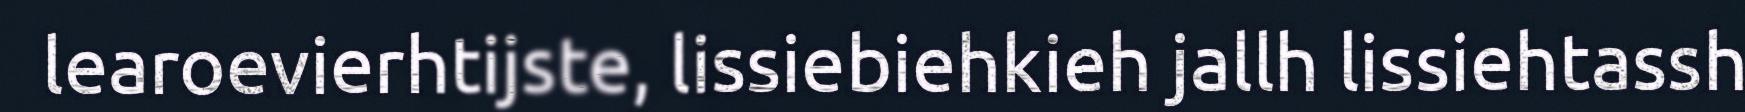
learoevierhtijste, lissiebiehkieh jallh lissiehtassh